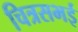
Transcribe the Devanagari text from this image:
चित्रसभई